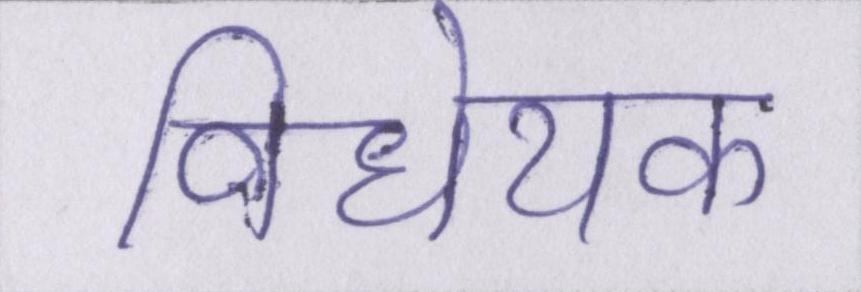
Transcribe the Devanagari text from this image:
विधेयक